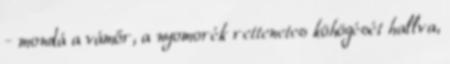
- mondá a vámőr, a nyomorék rettenetes köhögését hallva,